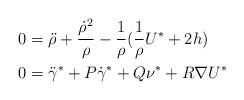
LaTeX: \begin{align*}0 & =\ddot{\rho}+\frac{\dot{\rho}^{2}}{\rho}-\frac{1}{\rho}(\frac{1}{\rho}U^{\ast}+2h)\\0 & =\ddot{\gamma}^{\ast}+P\dot{\gamma}^{\ast}+Q\mathbf{\nu}^{\ast}+R\nabla U^{\ast} \end{align*}